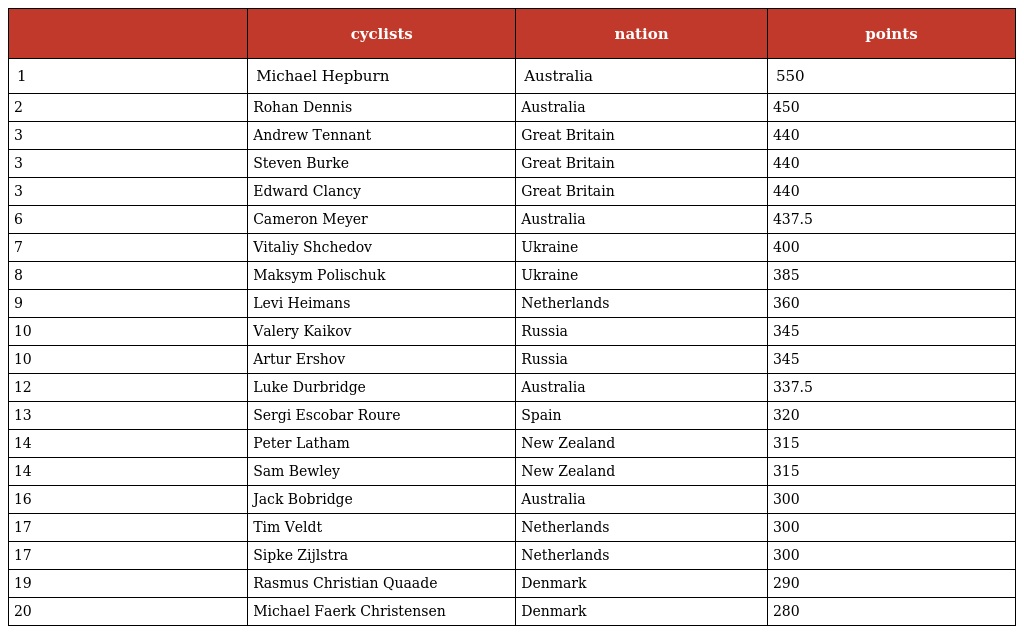
|  | cyclists | nation | points |
 | --- | --- | --- | --- |
 | 1 | Michael Hepburn | Australia | 550 |
 | 2 | Rohan Dennis | Australia | 450 |
 | 3 | Andrew Tennant | Great Britain | 440 |
 | 3 | Steven Burke | Great Britain | 440 |
 | 3 | Edward Clancy | Great Britain | 440 |
 | 6 | Cameron Meyer | Australia | 437.5 |
 | 7 | Vitaliy Shchedov | Ukraine | 400 |
 | 8 | Maksym Polischuk | Ukraine | 385 |
 | 9 | Levi Heimans | Netherlands | 360 |
 | 10 | Valery Kaikov | Russia | 345 |
 | 10 | Artur Ershov | Russia | 345 |
 | 12 | Luke Durbridge | Australia | 337.5 |
 | 13 | Sergi Escobar Roure | Spain | 320 |
 | 14 | Peter Latham | New Zealand | 315 |
 | 14 | Sam Bewley | New Zealand | 315 |
 | 16 | Jack Bobridge | Australia | 300 |
 | 17 | Tim Veldt | Netherlands | 300 |
 | 17 | Sipke Zijlstra | Netherlands | 300 |
 | 19 | Rasmus Christian Quaade | Denmark | 290 |
 | 20 | Michael Faerk Christensen | Denmark | 280 |